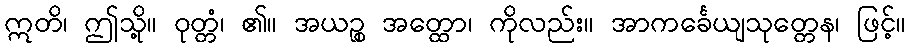
ဣတိ၊ ဤသို့။ ဝုတ္တံ၊ ၏။ အယဉ္စ အတ္ထော၊ ကိုလည်း။ အာကင်္ခေယျသုတ္တေန၊ ဖြင့်။